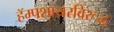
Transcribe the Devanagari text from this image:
हॅम्पशायरविरूद्ध